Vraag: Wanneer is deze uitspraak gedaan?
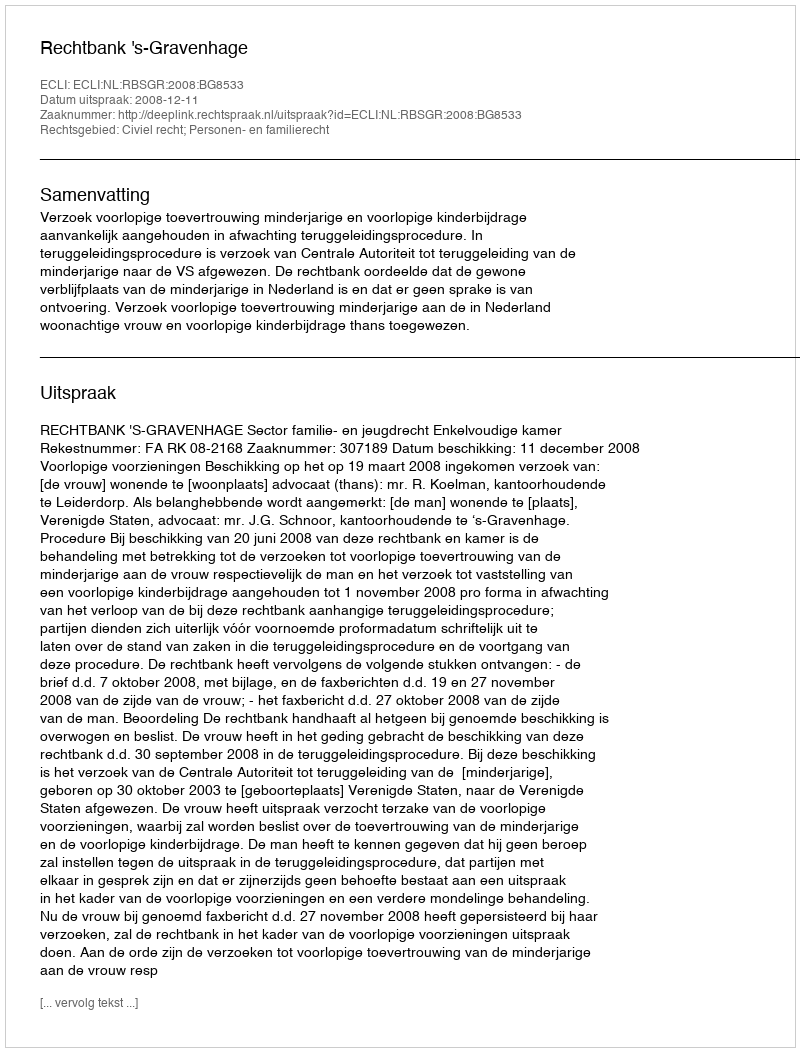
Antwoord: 2008-12-11